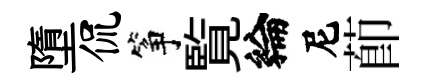
墮侃筝覧綸尼莭